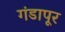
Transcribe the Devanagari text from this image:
गंडापूर